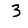
Digit: 3